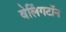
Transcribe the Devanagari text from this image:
वेलिंगटॉन